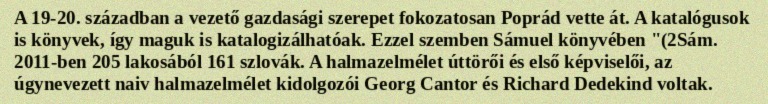
A 19-20. században a vezető gazdasági szerepet fokozatosan Poprád vette át. A katalógusok is könyvek, így maguk is katalogizálhatóak. Ezzel szemben Sámuel könyvében "(2Sám. 2011-ben 205 lakosából 161 szlovák. A halmazelmélet úttörői és első képviselői, az úgynevezett naiv halmazelmélet kidolgozói Georg Cantor és Richard Dedekind voltak.